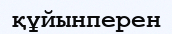
құйынперен